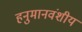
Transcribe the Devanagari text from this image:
हनुमानवंशीय